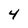
Character: 4